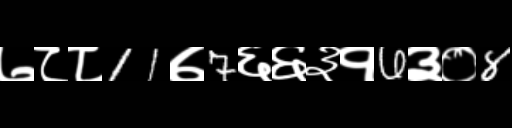
Text: ७८८11७7६६३१6३०8